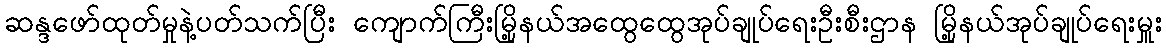
ဆန္ဒဖော်ထုတ်မှုနဲ့ပတ်သက်ပြီး ကျောက်ကြီးမြို့နယ်အထွေထွေအုပ်ချုပ်ရေးဦးစီးဌာန မြို့နယ်အုပ်ချုပ်ရေးမှူး